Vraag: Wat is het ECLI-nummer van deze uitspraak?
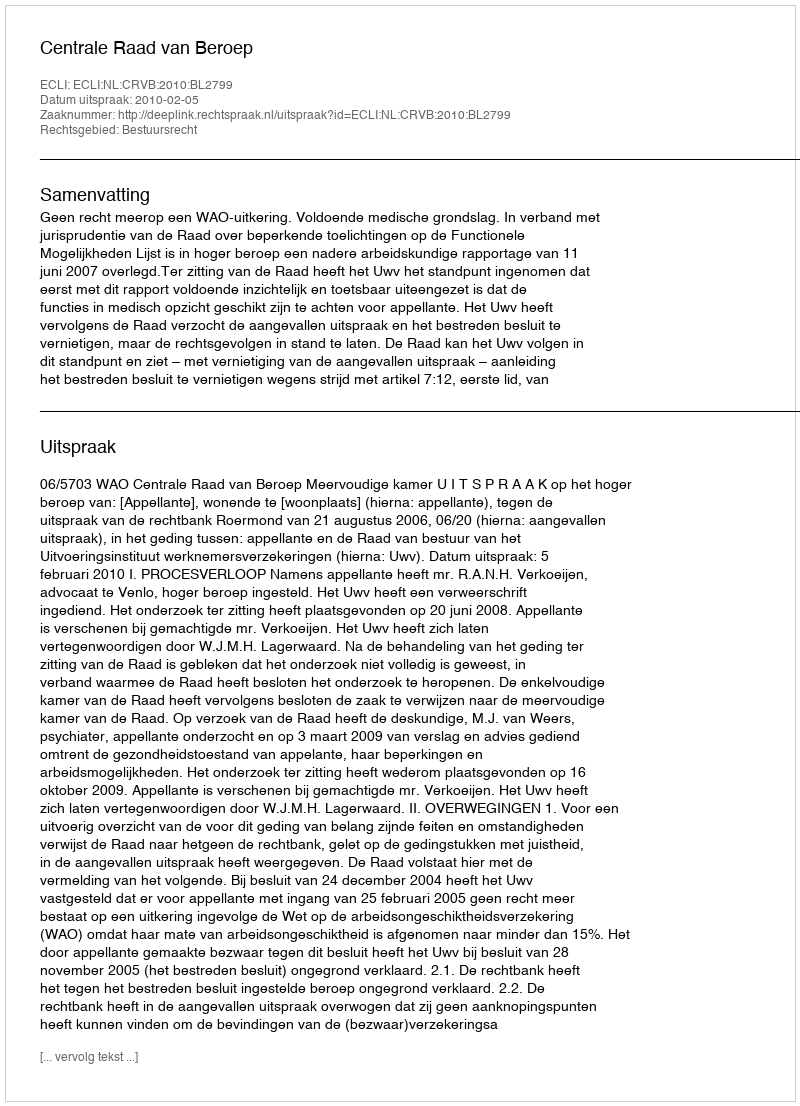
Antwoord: ECLI:NL:CRVB:2010:BL2799